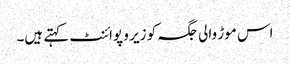
اس موڑ والی جگہ کو زیر و پوائنٹ کہتے ہیں۔